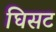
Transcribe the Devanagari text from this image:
घिसट